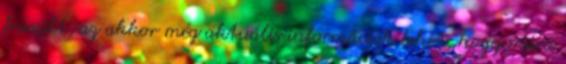
frissült, az akkor még aktuális információk lehet, hogy mára